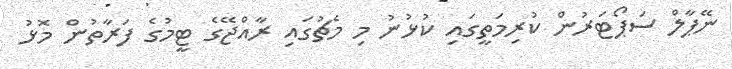
ނޭޕާލް ސަޕޯޓަރުން ކުރިމަތީގައި ކުޅުނު މި މެޗުގައި ރާއްޖޭގެ ޓީމުގެ ފަރާތުން މޮޅު